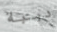
دببة